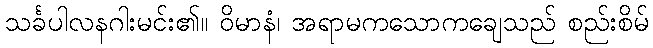
သင်္ခပါလနဂါးမင်း၏။ ဝိမာနံ၊ အရာမကသောကချေသည် စည်းစိမ်